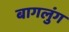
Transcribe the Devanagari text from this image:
बागलुंग